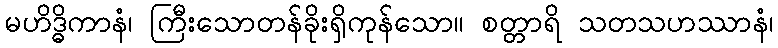
မဟိဒ္ဓိကာနံ၊ ကြီးသောတန်ခိုးရှိကုန်သော။ စတ္တာရိ သတသဟဿာနံ၊